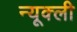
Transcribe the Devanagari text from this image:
न्यूक्ली